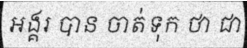
អង្គរ បាន ចាត់ទុក ថា ជា